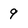
Character: 9